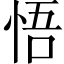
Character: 悟